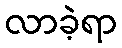
လာခဲ့ရာ